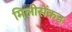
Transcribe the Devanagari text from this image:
मिलीसेंकड